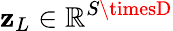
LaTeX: \boldsymbol{\mathbf{z}}_{L}\in\mathbb{{R}}^{S\timesD}